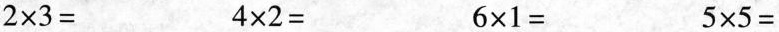
$$2\times 3=$$ $$4\times 2=$$ $$6\times 1=$$ $$5\times 5=$$